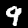
Label: 9